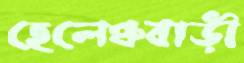
হেলেঞ্চবাড়ী